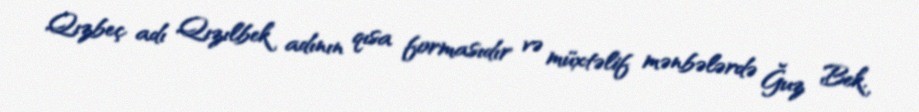
Qızbeç adı Qızılbek adının qısa formasıdır və müxtəlif mənbələrdə Ğuz Bek,